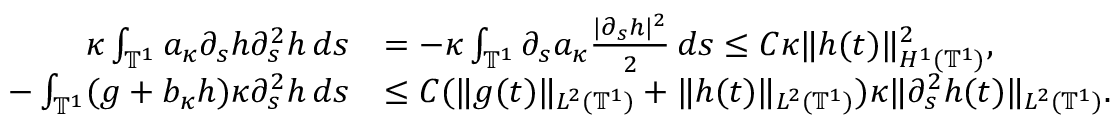
\begin{array} { r l } { \kappa \int _ { \ensuremath { \mathbb { T } } ^ { 1 } } a _ { \kappa } \partial _ { s } h \partial _ { s } ^ { 2 } h \, d s } & { = - \kappa \int _ { \ensuremath { \mathbb { T } } ^ { 1 } } \partial _ { s } a _ { \kappa } \frac { | \partial _ { s } h | ^ { 2 } } 2 \, d s \leq C \kappa \| h ( t ) \| _ { H ^ { 1 } ( \ensuremath { \mathbb { T } } ^ { 1 } ) } ^ { 2 } , } \\ { - \int _ { \ensuremath { \mathbb { T } } ^ { 1 } } ( g + b _ { \kappa } h ) \kappa \partial _ { s } ^ { 2 } h \, d s } & { \leq C ( \| g ( t ) \| _ { L ^ { 2 } ( \ensuremath { \mathbb { T } } ^ { 1 } ) } + \| h ( t ) \| _ { L ^ { 2 } ( \ensuremath { \mathbb { T } } ^ { 1 } ) } ) \kappa \| \partial _ { s } ^ { 2 } h ( t ) \| _ { L ^ { 2 } ( \ensuremath { \mathbb { T } } ^ { 1 } ) } . } \end{array}